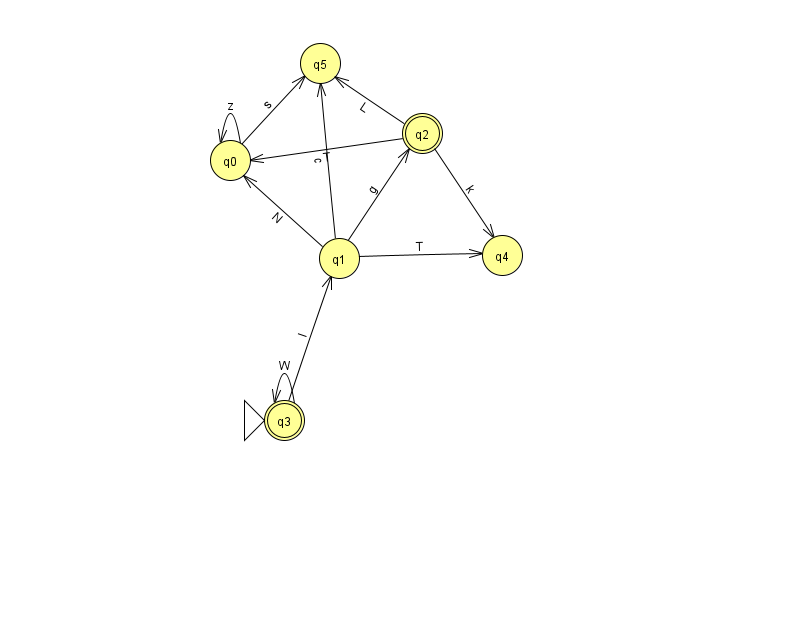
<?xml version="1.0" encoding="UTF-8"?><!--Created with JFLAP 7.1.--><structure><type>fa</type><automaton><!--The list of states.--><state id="0" name="q0"><x>230.0</x><y>147.0</y></state><state id="1" name="q1"><x>339.0</x><y>245.0</y></state><state id="2" name="q2"><x>422.0</x><y>120.0</y><final/></state><state id="3" name="q3"><x>284.0</x><y>407.0</y><initial/><final/></state><state id="4" name="q4"><x>502.0</x><y>242.0</y></state><state id="5" name="q5"><x>320.0</x><y>50.0</y></state><!--The list of transitions.--><transition><from>3</from><to>1</to><read>l</read></transition><transition><from>0</from><to>5</to><read>s</read></transition><transition><from>2</from><to>4</to><read>k</read></transition><transition><from>2</from><to>0</to><read>T</read></transition><transition><from>1</from><to>5</to><read>c</read></transition><transition><from>1</from><to>2</to><read>g</read></transition><transition><from>3</from><to>3</to><read>W</read></transition><transition><from>1</from><to>0</to><read>N</read></transition><transition><from>0</from><to>0</to><read>z</read></transition><transition><from>2</from><to>5</to><read>L</read></transition><transition><from>1</from><to>4</to><read>T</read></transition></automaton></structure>